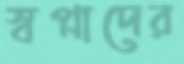
স্বপ্নাদের